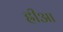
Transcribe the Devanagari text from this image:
ह्रीआ